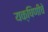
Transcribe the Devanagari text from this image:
यक्षिणींचे